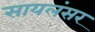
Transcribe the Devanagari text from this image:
सायलंसर